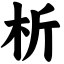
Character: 析